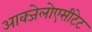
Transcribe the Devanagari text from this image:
आक्जेलोएसीटेट